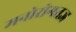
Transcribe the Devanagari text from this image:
मनोरोगतज्ञ